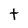
Character: t